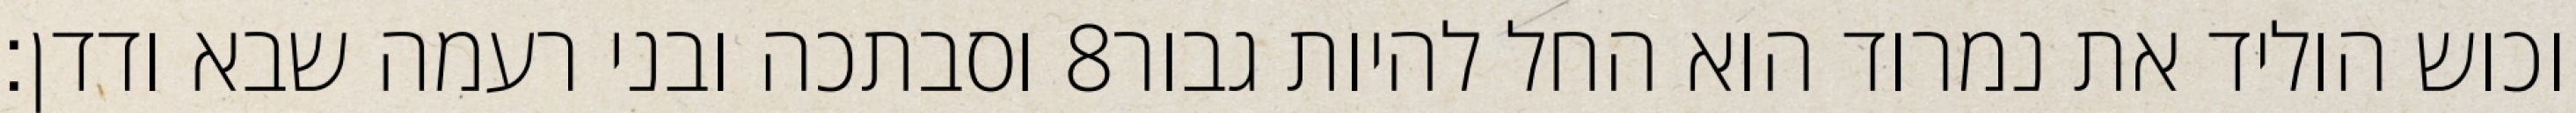
וסבתכה ובני רעמה שבא ודדן׃ ‎8‏ וכוש הוליד את נמרוד הוא החל להיות גבור